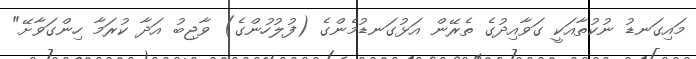
މައިގަނޑު ނުކުތާއަކީ ގަވާއިދުގެ ތެރޭން އަޅުގަނޑުމެންގެ (ފުލުހުންގެ) ވާޖިބު އަދާ ކުރަމާ ހިންގަވާށޭ"